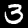
Label: 3